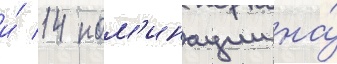
и́ 14 ном'инации на́